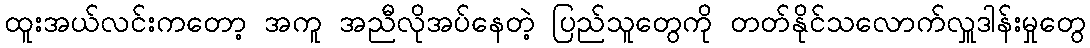
ထူးအယ်လင်းကတော့ အကူ အညီလိုအပ်နေတဲ့ ပြည်သူတွေကို တတ်နိုင်သလောက်လှူဒါန်းမှုတွေ